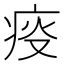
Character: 𤶌